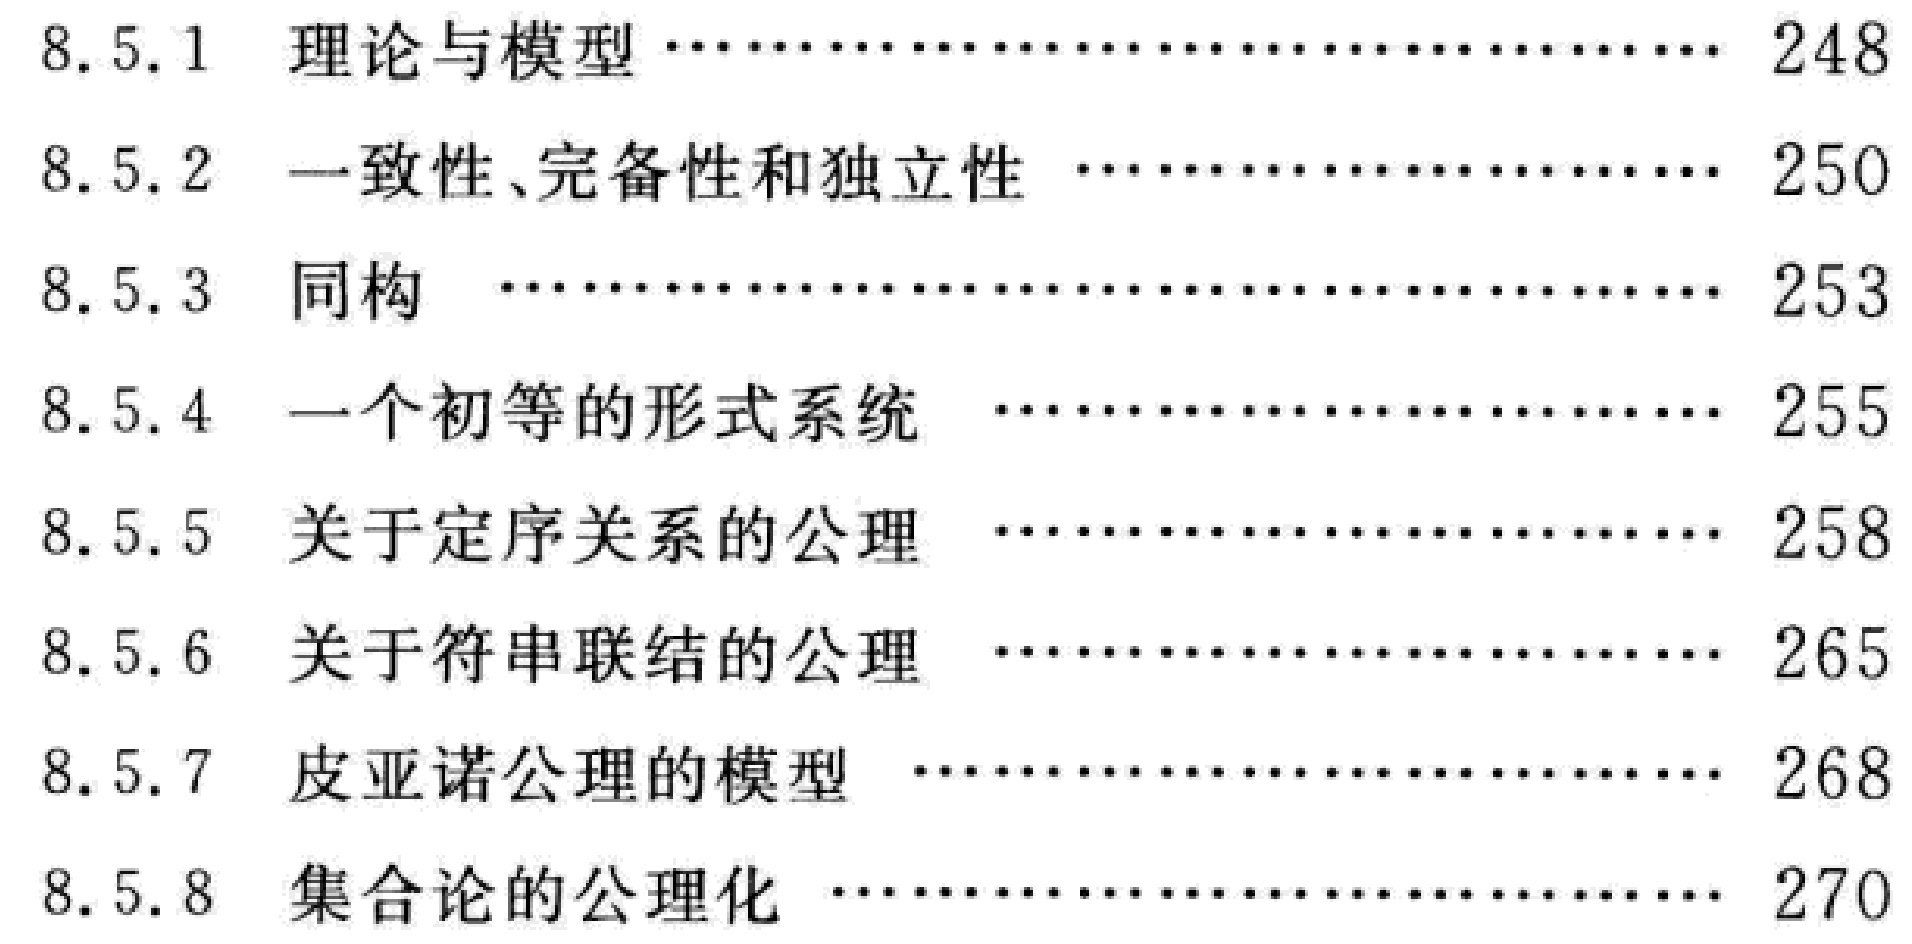
\begin{enumerate}

\item[8.5.1] 理论与模型 \hfill 248

\item[8.5.2] 一致性、完备性和独立性 \hfill 250

\item[8.5.3] 同构 \hfill 253

\item[8.5.4] 一个初等的形式系统 \hfill 255

\item[8.5.5] 关于定序关系的公理 \hfill 258

\item[8.5.6] 关于符串联结的公理 \hfill 265

\item[8.5.7] 皮亚诺公理的模型 \hfill 268

\item[8.5.8] 集合论的公理化 \hfill 270

\end{enumerate}